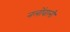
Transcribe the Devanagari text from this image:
नलोंवाली